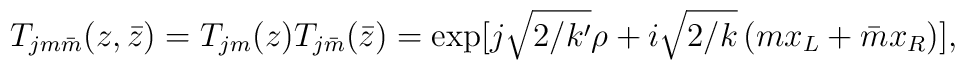
T_{jm\bar{m}}(z,\bar{z}) =T_{jm}(z)T_{j\bar{m}}(\bar{z}) = \exp[j\sqrt{2/k'}\rho +i\sqrt{2/k}\,(mx_L+\bar{m}x_R)],